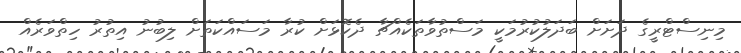
މިނިސްޓްރީގެ ދަށަށް ބަދަލުކުރުމަކީ މަސްތުވާތަކެއްޗާ ދެކޮޅަށް ކުރާ މަސައްކަތަށް ލިބުނު އިތުރު ހިތްވަރެއް